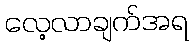
လေ့လာချက်အရ